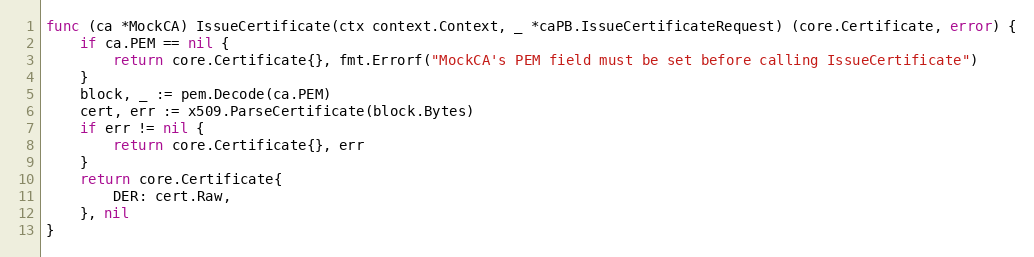
Language: Go
func (ca *MockCA) IssueCertificate(ctx context.Context, _ *caPB.IssueCertificateRequest) (core.Certificate, error) {
	if ca.PEM == nil {
		return core.Certificate{}, fmt.Errorf("MockCA's PEM field must be set before calling IssueCertificate")
	}
	block, _ := pem.Decode(ca.PEM)
	cert, err := x509.ParseCertificate(block.Bytes)
	if err != nil {
		return core.Certificate{}, err
	}
	return core.Certificate{
		DER: cert.Raw,
	}, nil
}